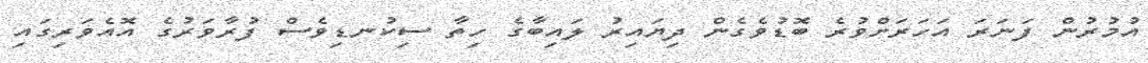
އުމުރުން ފަނަރަ އަހަރަށްވުރެ ބޮޑުވެގެން ދިޔައިރު ލައިބާގެ ހިތާ ސިކުނޑިވެސް ފުރާވަރުގެ އޮއެވަރިގައި